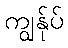
ကျွန်ုပ်